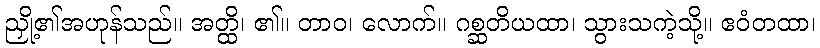
ညှို့၏အဟုန်သည်။ အတ္ထိ၊ ၏။ တာဝ၊ လောက်။ ဂစ္ဆတိယထာ၊ သွားသကဲ့သို့။ ဧဝံတထာ၊